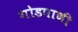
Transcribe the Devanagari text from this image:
गोडपाणी